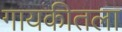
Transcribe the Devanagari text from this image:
गायकीतला